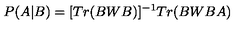
P ( A | B ) = [ T r ( B W B ) ] ^ { - 1 } T r ( B W B A )